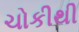
ચોકીથી